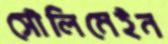
সৌলিমেইন